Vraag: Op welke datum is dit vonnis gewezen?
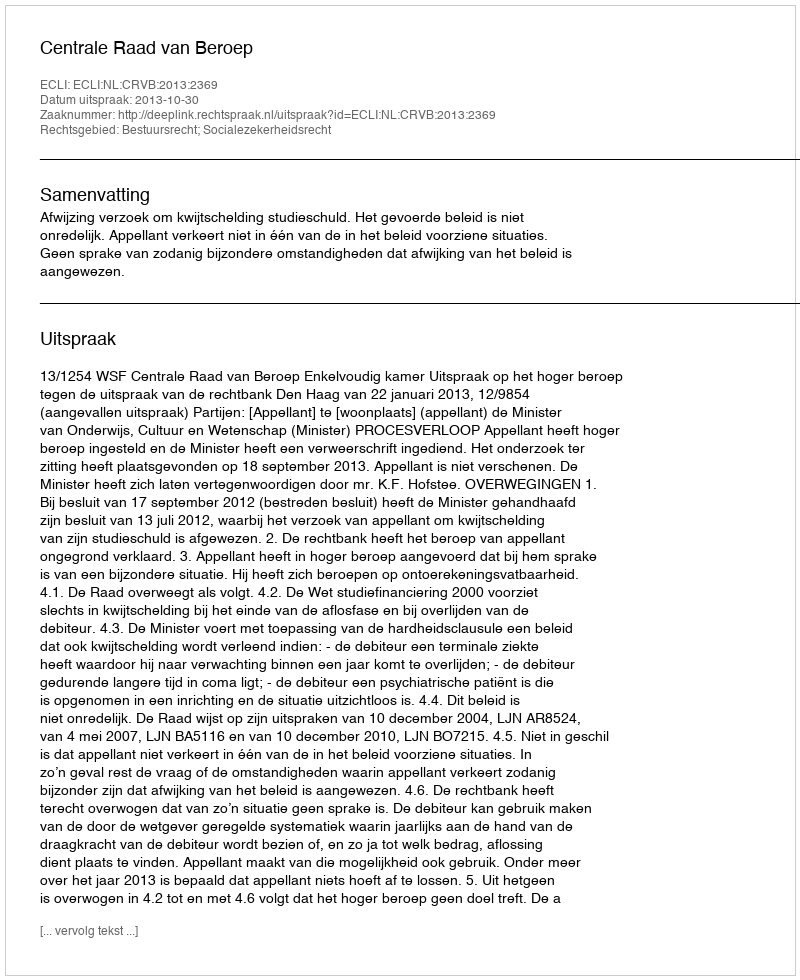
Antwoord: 2013-10-30